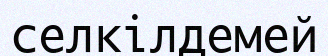
селкілдемей